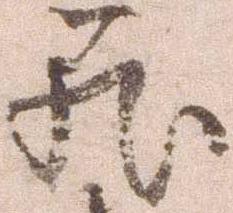
篭